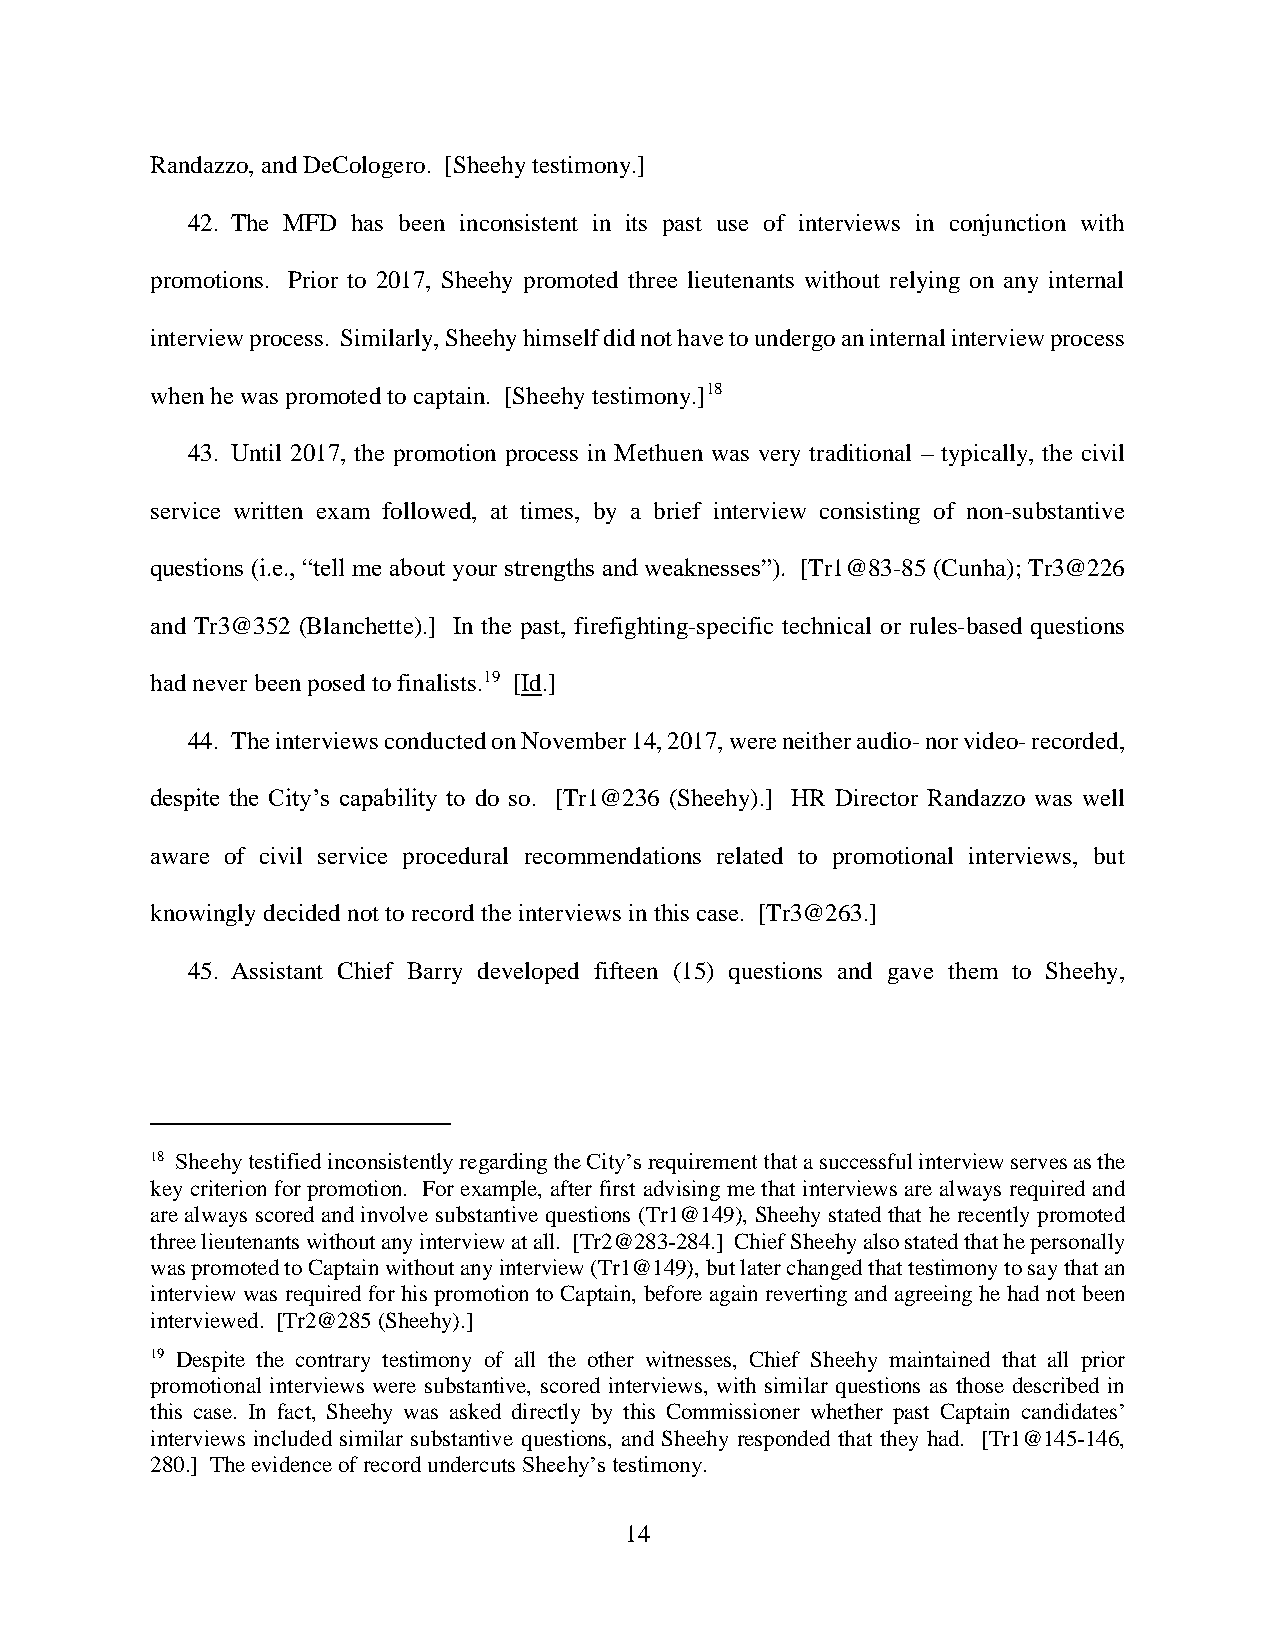
Randazzo, and DeCologero. [Sheehy testimony.]
 42. The MFD has been inconsistent in its past use of interviews in conjunction with
 promotions. Prior to 2017, Sheehy promoted three lieutenants without relying on any internal
 interview process. Similarly, Sheehy himself did not have to undergo an internal interview process
 when he was promoted to captain. [Sheehy testimony.]18
 43. Until 2017, the promotion process in Methuen was very traditional – typically, the civil
 service written exam followed, at times, by a brief interview consisting of non-substantive
 questions (i.e., “tell me about your strengths and weaknesses”). [Tr1@83-85 (Cunha); Tr3@226
 and Tr3@352 (Blanchette).] In the past, firefighting-specific technical or rules-based questions
 had never been posed to finalists.19 [Id.]
 44. The interviews conducted on November 14, 2017, were neither audio- nor video- recorded,
 despite the City’s capability to do so. [Tr1@236 (Sheehy).] HR Director Randazzo was well
 aware of civil service procedural recommendations related to promotional interviews, but
 knowingly decided not to record the interviews in this case. [Tr3@263.]
 45. Assistant Chief Barry developed fifteen (15) questions and gave them to Sheehy,
 18 Sheehy testified inconsistently regarding the City’s requirement that a successful interview serves as the
 key criterion for promotion. For example, after first advising me that interviews are always required and
 are always scored and involve substantive questions (Tr1@149), Sheehy stated that he recently promoted
 three lieutenants without any interview at all. [Tr2@283-284.] Chief Sheehy also stated that he personally
 was promoted to Captain without any interview (Tr1@149), but later changed that testimony to say that an
 interview was required for his promotion to Captain, before again reverting and agreeing he had not been
 interviewed. [Tr2@285 (Sheehy).]
 19 Despite the contrary testimony of all the other witnesses, Chief Sheehy maintained that all prior
 promotional interviews were substantive, scored interviews, with similar questions as those described in
 this case. In fact, Sheehy was asked directly by this Commissioner whether past Captain candidates’
 interviews included similar substantive questions, and Sheehy responded that they had. [Tr1@145-146,
 280.] The evidence of record undercuts Sheehy’s testimony.
 14